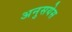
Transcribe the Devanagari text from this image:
अनुसयेस